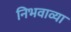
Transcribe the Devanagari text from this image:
निभवाव्या